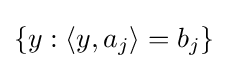
\{y:\langle y,a_{j}\rangle =b_{j}\}